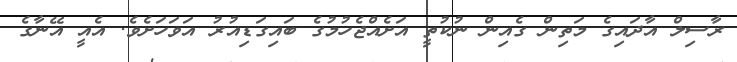
ރާސިލް އާދައިގެ މަތިން ގެއިން ނުކުތީ އަށެއްޖެހުމުގެ ބައިގަޑިއުރު އަވަހަށެވެ. އެއީ އޭނާގެ